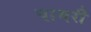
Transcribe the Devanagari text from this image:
पामरी